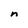
Character: n